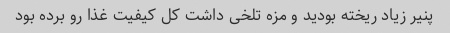
پنیر زیاد ریخته بودید و مزه تلخی داشت کل کیفیت غذا رو برده بود